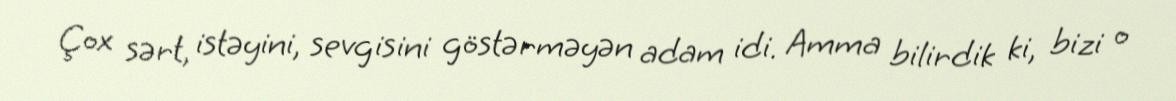
Çox sərt, istəyini, sevgisini göstərməyən adam idi. Amma bilirdik ki, bizi o